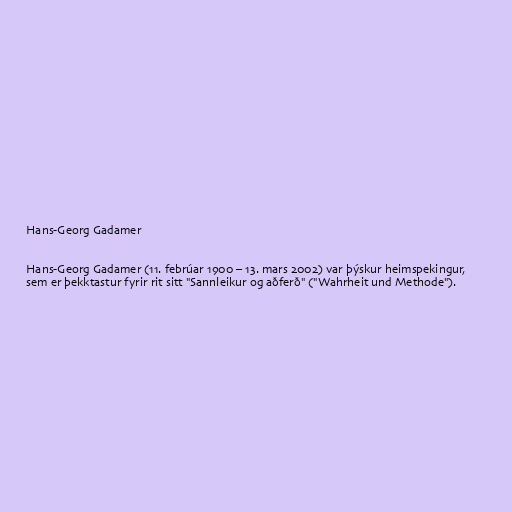
Hans-Georg Gadamer

Hans-Georg Gadamer (11. febrúar 1900 – 13. mars 2002) var þýskur heimspekingur,
sem er þekktastur fyrir rit sitt "Sannleikur og aðferð" ("Wahrheit und Methode").